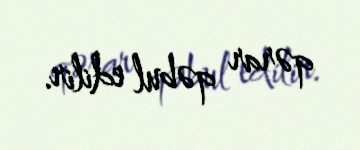
qərar qəbul edilir.